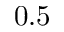
0 . 5